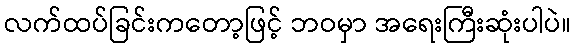
လက်ထပ်ခြင်းကတော့ဖြင့် ဘဝမှာ အရေးကြီးဆုံးပါပဲ။